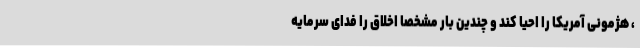
، هژمونی آمریکا را احیا کند و چندین بار مشخصا اخلاق را فدای سرمایه